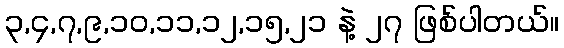
၃,၄,၇,၉,၁၀,၁၁,၁၂,၁၅,၂၁ နဲ့ ၂၇ ဖြစ်ပါတယ်။